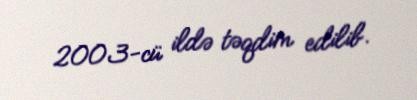
2003-cü ildə təqdim edilib.